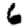
Digit: 6